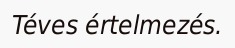
Téves értelmezés.